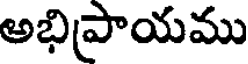
అభిప్రాయము